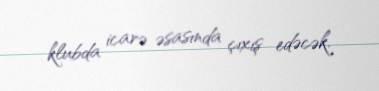
klubda icarə əsasında çıxış edəcək.